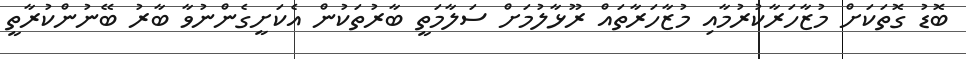
ބޮޑު ގޮތަކަށް މުޒާހަރާކުރުމާއި މުޒާހަރާތައް ރޫޅާލުމަށް ސަލާމަތީ ބާރުތަކުން އެކަށީގެންނުވާ ބާރު ބޭނުންކުރާތީ